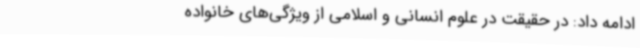
ادامه داد: در حقیقت در علوم انسانی و اسلامی از ویژگی‌های خانواده